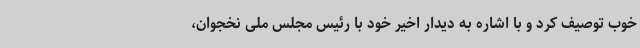
خوب توصیف کرد و با اشاره به دیدار اخیر خود با رئیس مجلس ملی نخجوان،